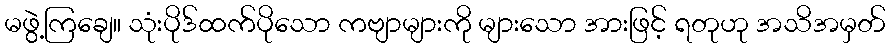
မဖွဲ့ကြချေ။ သုံးပိုဒ်ထက်ပိုသော ကဗျာများကို များသော အားဖြင့် ရတုဟု အသိအမှတ်